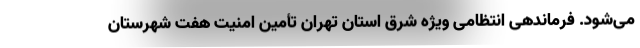
می‌شود. فرماندهی انتظامی ویژه شرق استان تهران تأمین امنیت هفت شهرستان